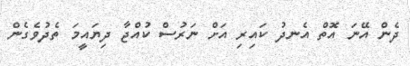
ދެން އޭނަ އޮތް އެނދު ކައިރި އަށް ނަރުސް ކުއްޖާ ދިޔައީމަ ތެދުވެގެން